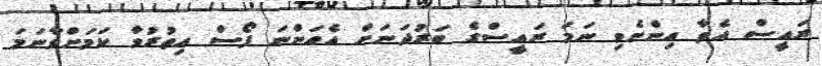
ރައީސް އެތާ އިންނެވި ނަމަ ރައީސްގެ ބަރުދަނަށް އެއަންނަ ފޯސް އިތުރުވާ ކަމަށްވާނަމަ